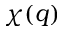
\chi ( q )